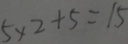
5 \times 2 + 5 = 1 5